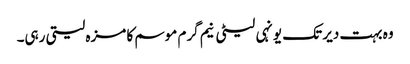
وہ بہت دیر تک یونہی لیٹی نیم گرم موسم کا مزہ لیتی رہی۔